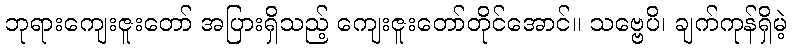
ဘုရားကျေးဇူးတော် အပြားရှိသည့် ကျေးဇူးတော်တိုင်အောင်။ သဗ္ဗေပိ၊ ချက်ကုန်ရှိမဲ့